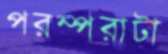
পরম্পরাটা